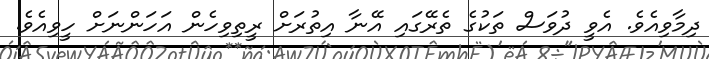
ދިމާވިއެވެ. އެވީ ދުވަސް ތަކުގެ ތެރޭގައި އޭނާ އިތުރަށް ރީތިވިހެން އަހަންނަށް ހީވިއެވެ.